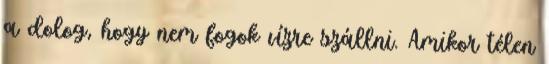
a dolog, hogy nem fogok vízre szállni. Amikor télen